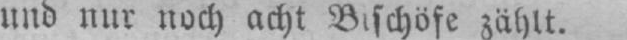
und nur noch acht Bischöfe zählt.